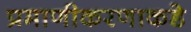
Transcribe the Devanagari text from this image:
प्रमाणीकरणाकडे